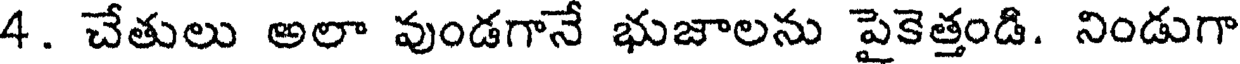
4. చేతులు అలా వుండగానే భుజాలను పైకెత్తండి. నిండుగా